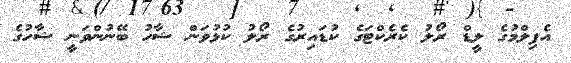
އެފިލްމުގެ ލީޑް ރޯލު ކެރެކްޓަގެ ކުޑައިރުގެ ރޯލު ކުޅުވަން ޝާހު ބޭނުންވަނީ ޝާހުގެ